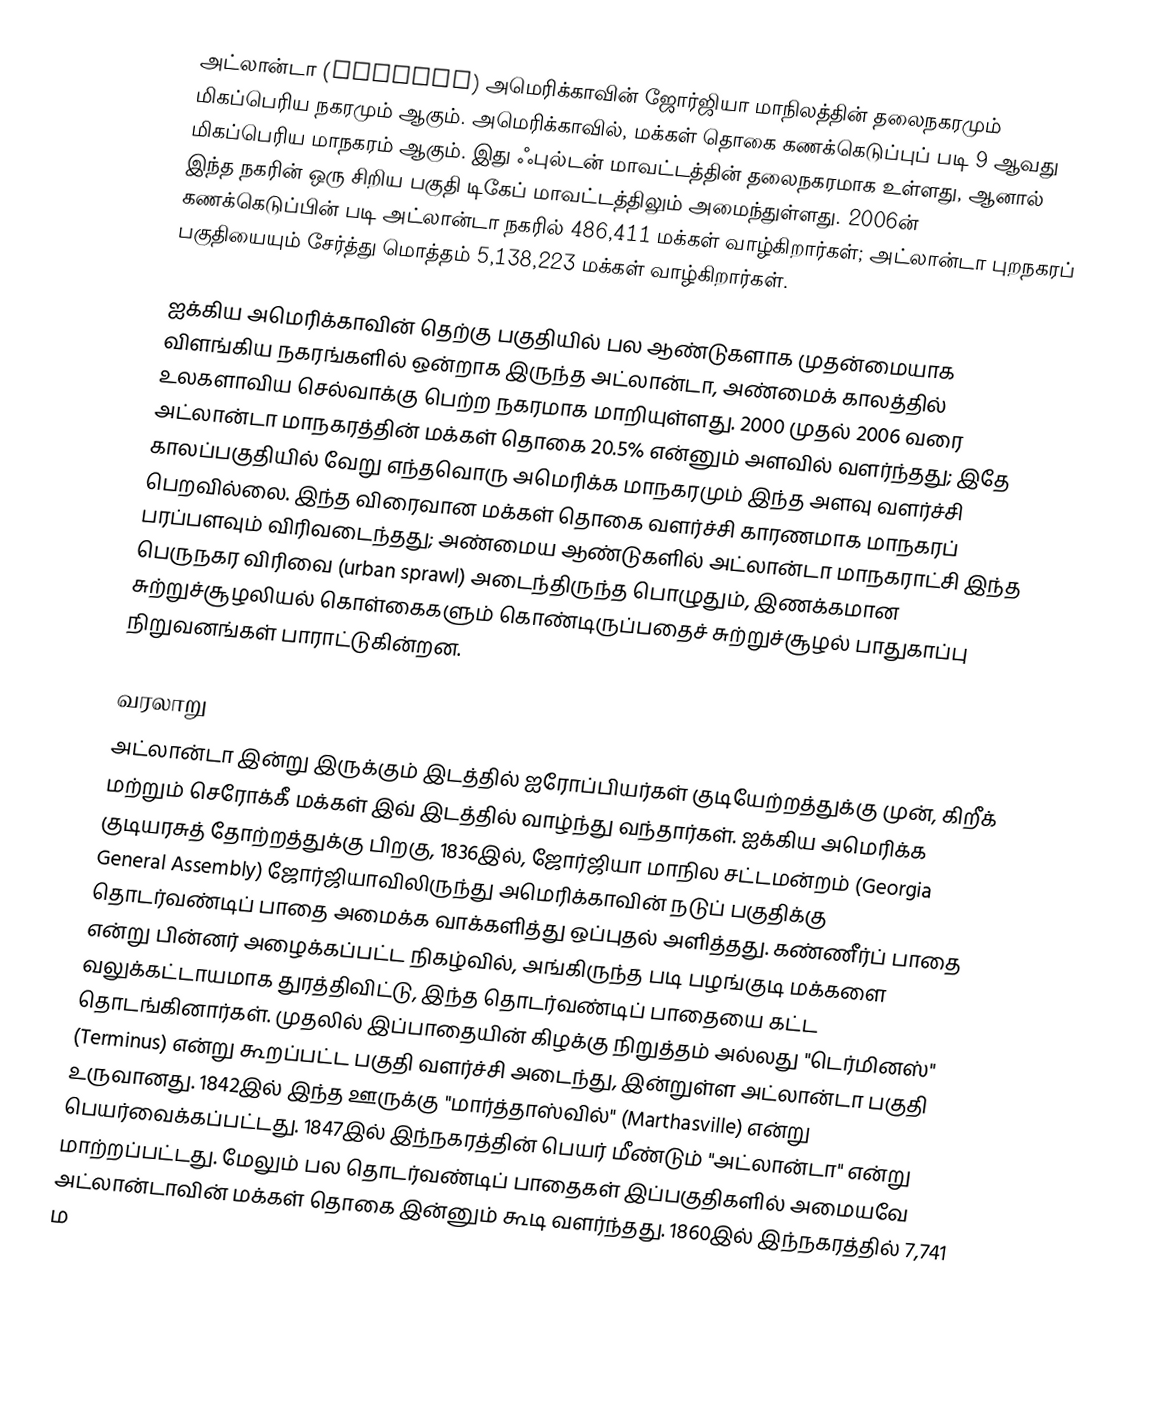
அட்லான்டா (Atlanta) அமெரிக்காவின் ஜோர்ஜியா மாநிலத்தின் தலைநகரமும் மிகப்பெரிய நகரமும் ஆகும். அமெரிக்காவில், மக்கள் தொகை கணக்கெடுப்புப் படி 9 ஆவது மிகப்பெரிய மாநகரம் ஆகும். இது ஃபுல்டன் மாவட்டத்தின் தலைநகரமாக உள்ளது, ஆனால் இந்த நகரின் ஒரு சிறிய பகுதி டிகேப் மாவட்டத்திலும் அமைந்துள்ளது. 2006ன் கணக்கெடுப்பின் படி அட்லான்டா நகரில் 486,411 மக்கள் வாழ்கிறார்கள்; அட்லான்டா புறநகரப் பகுதியையும் சேர்த்து மொத்தம் 5,138,223 மக்கள் வாழ்கிறார்கள்.

ஐக்கிய அமெரிக்காவின் தெற்கு பகுதியில் பல ஆண்டுகளாக முதன்மையாக விளங்கிய நகரங்களில் ஒன்றாக இருந்த அட்லான்டா, அண்மைக் காலத்தில் உலகளாவிய செல்வாக்கு பெற்ற நகரமாக மாறியுள்ளது. 2000 முதல் 2006 வரை அட்லான்டா மாநகரத்தின் மக்கள் தொகை 20.5% என்னும் அளவில் வளர்ந்தது; இதே காலப்பகுதியில் வேறு எந்தவொரு அமெரிக்க மாநகரமும் இந்த அளவு வளர்ச்சி பெறவில்லை. இந்த விரைவான மக்கள் தொகை வளர்ச்சி காரணமாக மாநகரப் பரப்பளவும் விரிவடைந்தது; அண்மைய ஆண்டுகளில் அட்லான்டா மாநகராட்சி இந்த பெருநகர விரிவை (urban sprawl) அடைந்திருந்த பொழுதும், இணக்கமான சுற்றுச்சூழலியல் கொள்கைகளும் கொண்டிருப்பதைச் சுற்றுச்சூழல் பாதுகாப்பு நிறுவனங்கள் பாராட்டுகின்றன.

வரலாறு
அட்லான்டா இன்று இருக்கும் இடத்தில் ஐரோப்பியர்கள் குடியேற்றத்துக்கு முன், கிறீக் மற்றும் செரோக்கீ மக்கள் இவ் இடத்தில் வாழ்ந்து வந்தார்கள். ஐக்கிய அமெரிக்க குடியரசுத் தோற்றத்துக்கு பிறகு, 1836இல், ஜோர்ஜியா மாநில சட்டமன்றம் (Georgia General Assembly) ஜோர்ஜியாவிலிருந்து அமெரிக்காவின் நடுப் பகுதிக்கு தொடர்வண்டிப் பாதை அமைக்க வாக்களித்து ஒப்புதல் அளித்தது. கண்ணீர்ப் பாதை என்று பின்னர் அழைக்கப்பட்ட நிகழ்வில், அங்கிருந்த படி பழங்குடி மக்களை வலுக்கட்டாயமாக துரத்திவிட்டு, இந்த தொடர்வண்டிப் பாதையை கட்ட தொடங்கினார்கள். முதலில் இப்பாதையின் கிழக்கு நிறுத்தம் அல்லது "டெர்மினஸ்" (Terminus) என்று கூறப்பட்ட பகுதி வளர்ச்சி அடைந்து, இன்றுள்ள அட்லான்டா பகுதி உருவானது. 1842இல் இந்த ஊருக்கு "மார்த்தாஸ்வில்" (Marthasville) என்று பெயர்வைக்கப்பட்டது. 1847இல் இந்நகரத்தின் பெயர் மீண்டும் "அட்லான்டா" என்று மாற்றப்பட்டது. மேலும் பல தொடர்வண்டிப் பாதைகள் இப்பகுதிகளில் அமையவே அட்லான்டாவின் மக்கள் தொகை இன்னும் கூடி வளர்ந்தது. 1860இல் இந்நகரத்தில் 7,741 ம